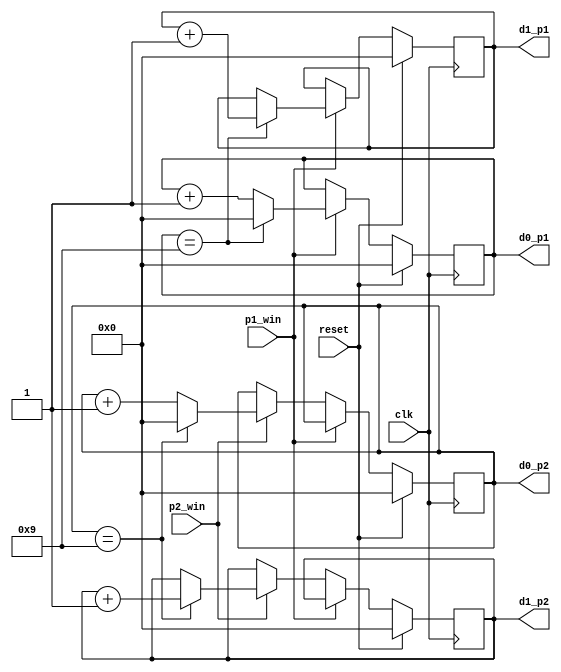
`timescale 1ns / 1ps
//////////////////////////////////////////////////////////////////////////////////
// Company: 
// Engineer: 
// 
// Design Name: 
// Module Name: counter
// Project Name: 
// Target Devices: 
// Tool Versions: 
// Description: 
// 
// Dependencies: 
// 
// Revision:
// Revision 0.01 - File Created
// Additional Comments:
// 
//////////////////////////////////////////////////////////////////////////////////


module counter(
        output reg [3:0] d1_p1,
        output reg [3:0] d0_p1,
        output reg [3:0] d1_p2,
        output reg [3:0] d0_p2,
        input p1_win,
        input p2_win,
        input clk,
        input reset
    );
    
    
    
    
    
    always@(posedge clk) begin
        if (reset) begin
            d1_p1 = 4'b0000;
            d0_p1 = 4'b0000;
            d1_p2 = 4'b0000;
            d0_p2 = 4'b0000;
        end else begin
            if (p1_win) begin
                if (d0_p1 == 4'b1001) begin
                    d1_p1 = d1_p1 + 1;
                    d0_p1 = 0;
                end else begin
                    d0_p1 = d0_p1 + 1;
                end
            
            end else if (p2_win) begin
                if (d0_p2 == 4'b1001) begin
                    d1_p2 = d1_p2 + 1;
                    d0_p2 = 0;
                end else begin
                    d0_p2 = d0_p2 + 1;
                end
            end
        end
    end
endmodule